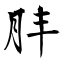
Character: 肨